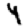
Digit: 4